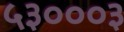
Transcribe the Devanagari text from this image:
५३०००३